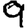
Digit: 9